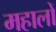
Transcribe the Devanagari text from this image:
महालों